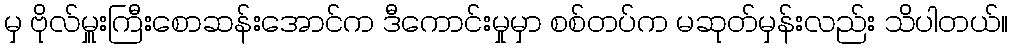
မှ ဗိုလ်မှူးကြီးစောဆန်းအောင်က ဒီကောင်းမှုမှာ စစ်တပ်က မဆုတ်မှန်းလည်း သိပါတယ်။